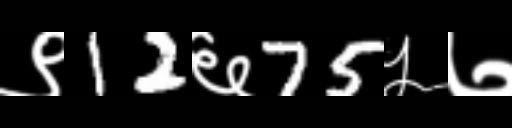
Text: ९12६75५७